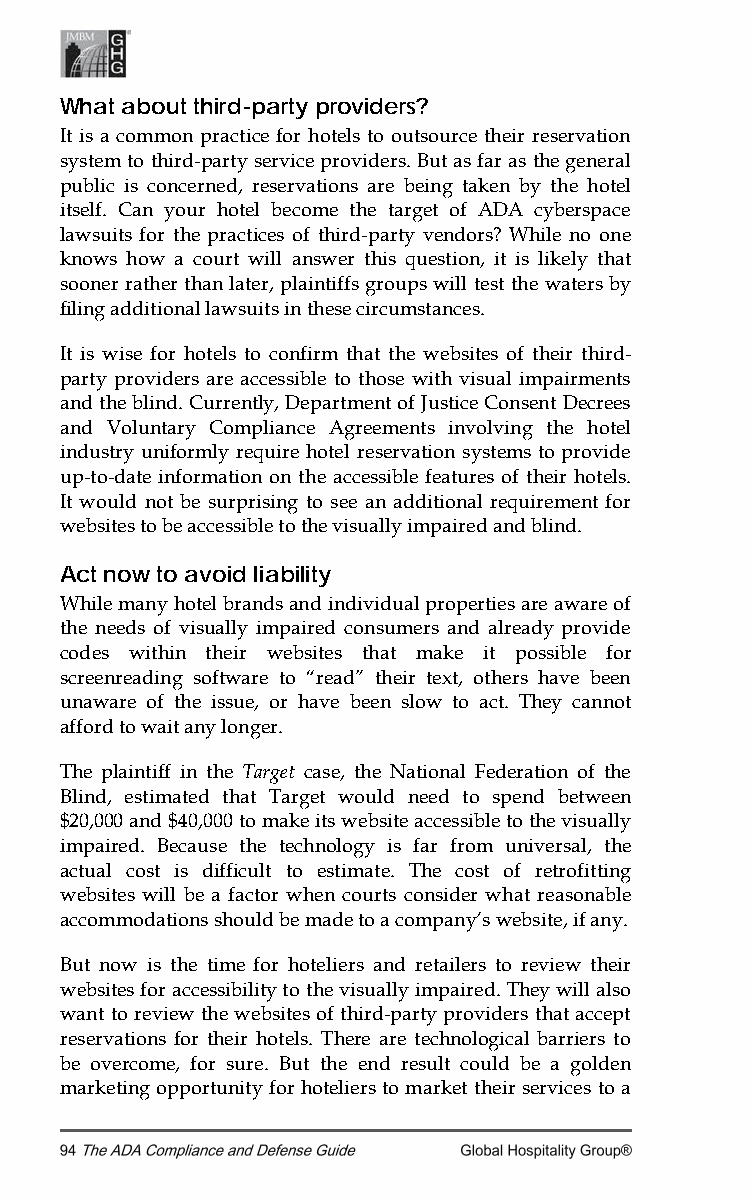
What about third-party providers?
 It is a common practice for hotels to outsource their reservation
 system to third-party service providers. But as far as the general
 public is concerned, reservations are being taken by the hotel
 itself. Can your hotel become the target of ADA cyberspace
 lawsuits for the practices of third-party vendors? While no one
 knows how a court will answer this question, it is likely that
 sooner rather than later, plaintiffs groups will test the waters by
 filing additional lawsuits in these circumstances.
 It is wise for hotels to confirm that the websites of their third-
 party providers are accessible to those with visual impairments
 and the blind. Currently, Department of Justice Consent Decrees
 and Voluntary Compliance Agreements involving the hotel
 industry uniformly require hotel reservation systems to provide
 up-to-date information on the accessible features of their hotels.
 It would not be surprising to see an additional requirement for
 websites to be accessible to the visually impaired and blind.
 Act now to avoid liability
 While many hotel brands and individual properties are aware of
 the needs of visually impaired consumers and already provide
 codes within their websites that make it possible for
 screenreading software to “read” their text, others have been
 unaware of the issue, or have been slow to act. They cannot
 afford to wait any longer.
 The plaintiff in the Target case, the National Federation of the
 Blind, estimated that Target would need to spend between
 $20,000 and $40,000 to make its website accessible to the visually
 impaired. Because the technology is far from universal, the
 actual cost is difficult to estimate. The cost of retrofitting
 websites will be a factor when courts consider what reasonable
 accommodations should be made to a company’s website, if any.
 But now is the time for hoteliers and retailers to review their
 websites for accessibility to the visually impaired. They will also
 want to review the websites of third-party providers that accept
 reservations for their hotels. There are technological barriers to
 be overcome, for sure. But the end result could be a golden
 marketing opportunity for hoteliers to market their services to a